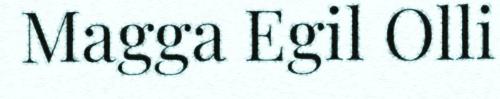
Magga Egil Olli